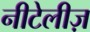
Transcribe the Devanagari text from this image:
नीटेलीज़